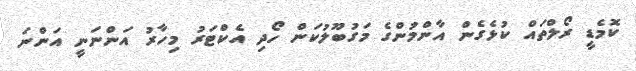
ކޮމެޑީ ރޯލްތައް ކުޅެގެން އާންމުންގެ މަގުބޫލުކަން ހޯދި އެކްޓަރު މިހާރު އަންނަނީ އަންނަ